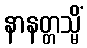
နာနတ္တသ္မိံ